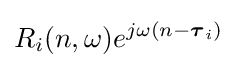
R_{i}(n,\omega )e^{j\omega (n-{\boldsymbol {\tau }}_{i})}